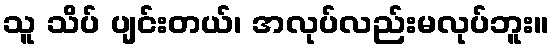
သူ သိပ် ပျင်းတယ်၊ အလုပ်လည်းမလုပ်ဘူး။